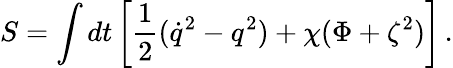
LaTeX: {S}=\int dt\left[{\frac{1}{2}}(\dot{q}^{2}-q^{2})+\chi(\Phi+{\zeta}^{2})\right]\, .